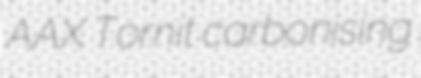
AAX Tornit carbonising